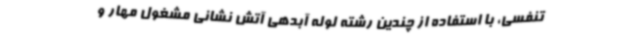
تنفسی، با استفاده از چندین رشته لوله آبدهی آتش نشانی مشغول مهار و